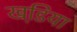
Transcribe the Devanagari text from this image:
खडि़या